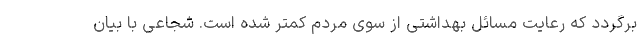
برگردد که رعایت مسائل بهداشتی از سوی مردم کمتر شده است. شجاعی با بیان